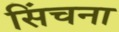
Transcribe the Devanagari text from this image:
सिंचना